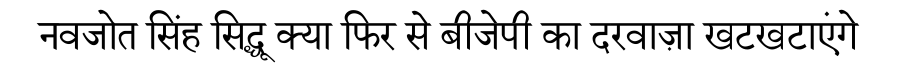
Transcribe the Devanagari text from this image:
नवजोत सिंह सिद्धू क्या फिर से बीजेपी का दरवाज़ा खटखटाएंगे